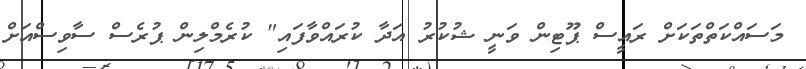
މަސައްކަތްތަކަށް ރައީސް ޕޫޓިން ވަނީ ޝުކުރު އަދާ ކުރައްވާފައި" ކުރެމްލިން ޕުރެސް ސާވިސްއަށް